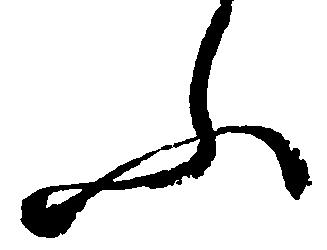
ふ